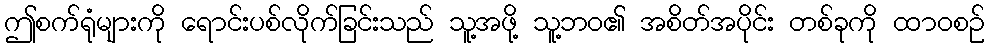
ဤစက်ရုံများကို ရောင်းပစ်လိုက်ခြင်းသည် သူ့အဖို့ သူ့ဘဝ၏ အစိတ်အပိုင်း တစ်ခုကို ထာဝစဉ်